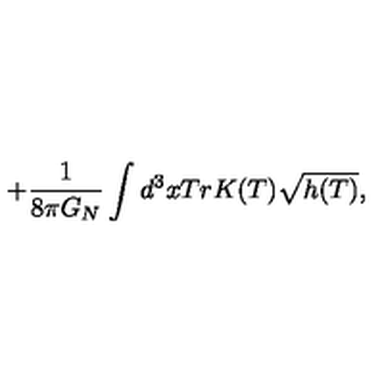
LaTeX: + \frac { 1 } { 8 \pi G _ { N } } \int d ^ { 3 } x T r K ( T ) \sqrt { h ( T ) } ,